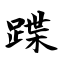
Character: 蹀